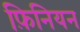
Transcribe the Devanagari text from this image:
फ़िनियन